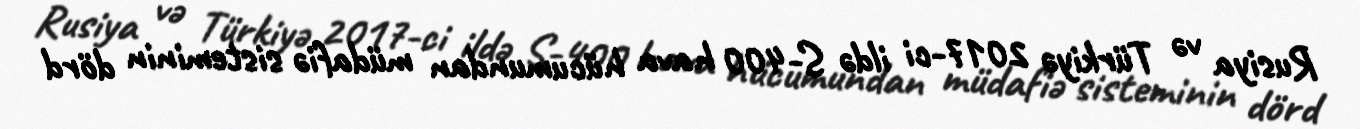
Rusiya və Türkiyə 2017-ci ildə S-400 hava hücumundan müdafiə sisteminin dörd